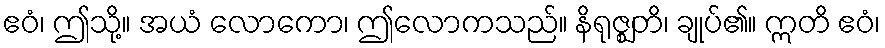
ဧဝံ၊ ဤသို့။ အယံ လောကော၊ ဤလောကသည်။ နိရုဇ္ဈတိ၊ ချုပ်၏။ ဣတိ ဧဝံ၊